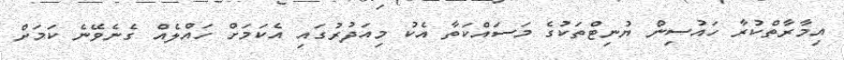
އިމާރާތްކުރާ ހައުސިން ޔުނިޓްތަކުގެ މަސައްކަތާ އެކު މިއަދުރުގައި އެކަމަށް ހައްލެއް ގެނެވޭނެ ކަމަށް